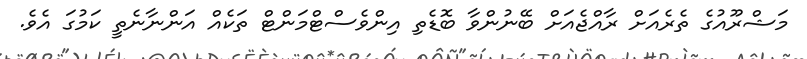
މަޝްރޫއުގެ ތެރެއަށް ރާއްޖެއަށް ބޭނުންވާ ބޮޑެތި އިންވެސްޓްމަންޓް ތަކެއް އަންނާނެތީ ކަމުގަ އެވެ.